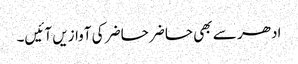
ادھر سے بھی حاضر حاضر کی آوازیں آئیں۔